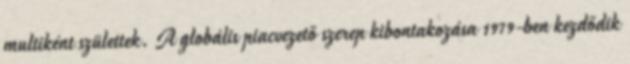
multiként születtek. A globális piacvezető szerep kibontakozása 1979-ben kezdődik